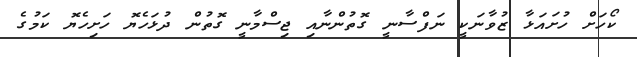
ކޯހަށް ހުށައަޅާ ޒުވާނަކީ ނަފްސާނީ ގޮތުންނާއި ޖިސްމާނީ ގޮތުން ދުޅަހެޔޮ ހަށިހެޔޮ ކަމުގެ